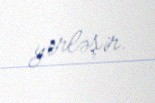
yerləşir.